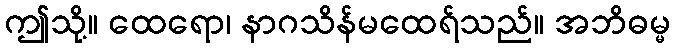
ဤသို့။ ထေရော၊ နာဂသိန်မထေရ်သည်။ အဘိဓမ္မ